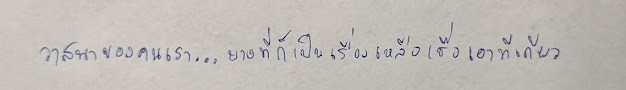
วาสนาของคนเรา...บางทีก็เป็นเรื่องเหลือเชื่อเอาทีเดียว